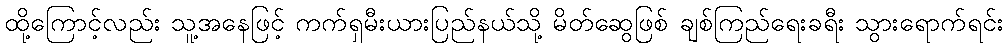
ထို့ကြောင့်လည်း သူ့အနေဖြင့် ကက်ရှမီးယားပြည်နယ်သို့ မိတ်ဆွေဖြစ် ချစ်ကြည်ရေးခရီး သွားရောက်ရင်း